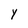
Character: y